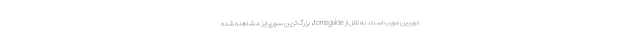
دوربین مورب است. به نقل از tomsguide، بزرگ ترین سورپرایز مشاهده شده